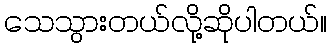
သေသွားတယ်လို့ဆိုပါတယ်။